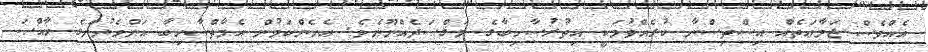
އެއްވެސް ޖަމާޢަތެއް އިސްތިސްނާ ކުރެއްވުމަކީ އިތުރުސާހިބާގެ މަޤްޞަދެއްނޫނެވެ. އެހެންކަމުން އެމާތްސާހިބާ އަންހެނުންގެ ޚާއްޞަ